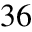
3 6